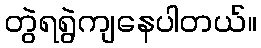
တွဲရရွဲကျနေပါတယ်။